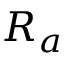
R _ { a }